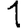
Digit: 1